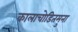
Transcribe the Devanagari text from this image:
कालाचोडितमुना